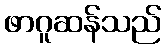
ဖာဂူဆန်သည်